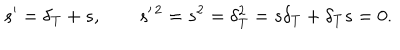
s ^ { \prime } = \delta _ { T } + s , \quad \quad s ^ { \prime \, 2 } = s ^ { 2 } = \delta _ { T } ^ { 2 } = s \delta _ { T } + \delta _ { T } s = 0 .